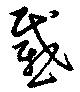
慼